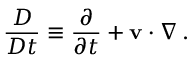
{ \frac { D } { D t } } \equiv { \frac { \partial } { \partial t } } + \mathbf { v } \cdot { \boldsymbol { \nabla } } \, .